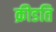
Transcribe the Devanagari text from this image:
क्रीडति